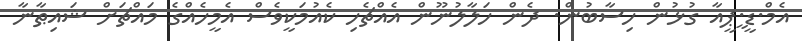
އެމް.ޑީ.ީޕީއާ ގުޅުން ހިސާބުން. ދެން ހަލާލުނޫން އެއްޗެހި ކެއުމަކީވެސް އެމީހެއްގެ މައްޗަށް ޝައިޠާނާ